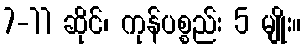
7-11 ဆိုင်၊ ကုန်ပစ္စည်း 5 မျိုး။